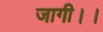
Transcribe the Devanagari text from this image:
जागी।।